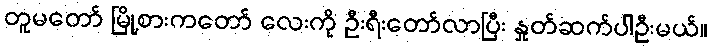
တူမတော် မြို့စားကတော် လေးကို ဦးရီးတော်လာပြီး နှုတ်ဆက်ပါဦးမယ်။